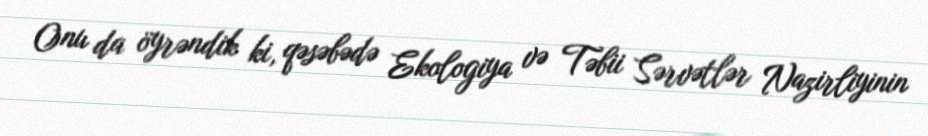
Onu da öyrəndik ki, qəsəbədə Ekologiya və Təbii Sərvətlər Nazirliyinin